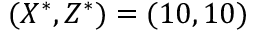
( X ^ { * } , Z ^ { * } ) = ( 1 0 , 1 0 )